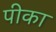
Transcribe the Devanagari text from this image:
पीका